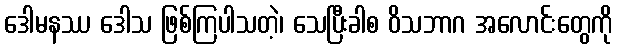
ဒေါမနဿ ဒေါသ ဖြစ်ကြပါသတဲ့၊ သေပြီးခါစ ဝိသဘာဂ အလောင်းတွေကို